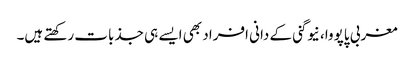
مغربی پاپووا، نیوگنی کے دانی افراد بھی ایسے ہی جذبات رکھتے ہیں۔